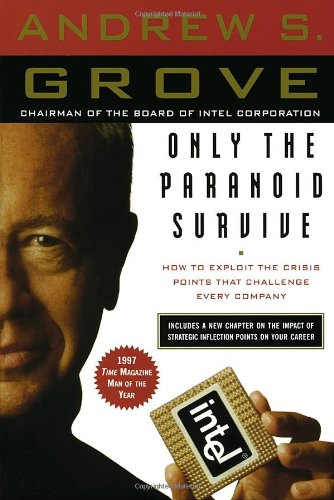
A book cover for Only the Paranoid Survive: How to Exploit the Crisis Points That Challenge Every Company; Andrew S. Grove; Business & Money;